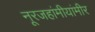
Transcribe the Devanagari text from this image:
नूरजहांमीयांमीर